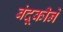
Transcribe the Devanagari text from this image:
बंदूकीने